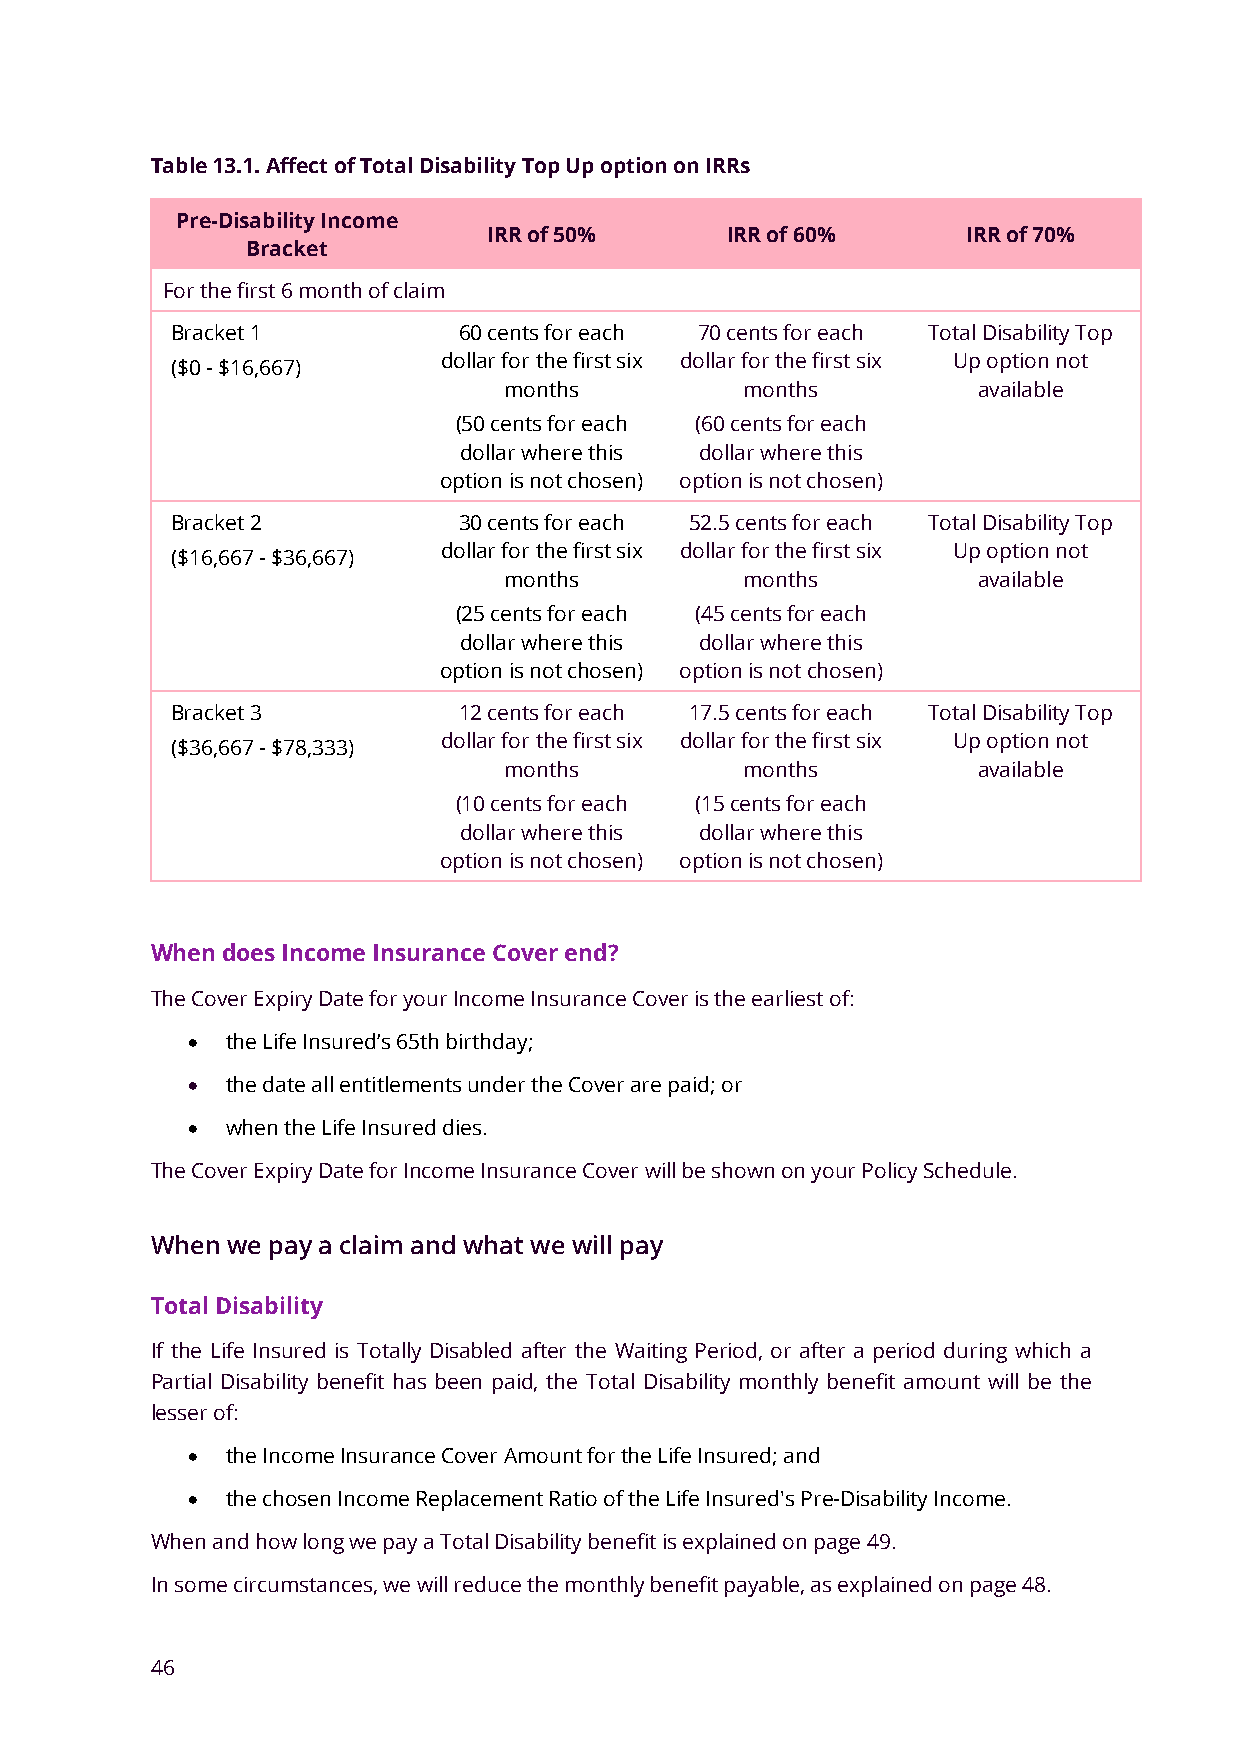
Table 13.1. Affect of Total Disability Top Up option on IRRs
 Pre-Disability Income
 IRR of 50%      IRR of 60%      IRR of 70%
 Bracket
 For the first 6 month of claim
 Bracket 1          60 cents for each 70 cents for each Total Disability Top
 dollar for the first six dollar for the first six Up option not
 ($0 - $16,667)
 months          months          available
 (50 cents for each (60 cents for each
 dollar where this dollar where this
 option is not chosen) option is not chosen)
 Bracket 2          30 cents for each 52.5 cents for each Total Disability Top
 dollar for the first six dollar for the first six Up option not
 ($16,667 - $36,667)
 months          months          available
 (25 cents for each (45 cents for each
 dollar where this dollar where this
 option is not chosen) option is not chosen)
 Bracket 3          12 cents for each 17.5 cents for each Total Disability Top
 dollar for the first six dollar for the first six Up option not
 ($36,667 - $78,333)
 months          months          available
 (10 cents for each (15 cents for each
 dollar where this dollar where this
 option is not chosen) option is not chosen)
 When does Income Insurance Cover end?
 The Cover Expiry Date for your Income Insurance Cover is the earliest of:
 •  the Life Insured’s 65th birthday;
 •  the date all entitlements under the Cover are paid; or
 •  when the Life Insured dies.
 The Cover Expiry Date for Income Insurance Cover will be shown on your Policy Schedule.
 When we pay a claim and what we will pay
 Total Disability
 If the Life Insured is Totally Disabled after the Waiting Period, or after a period during which a
 Partial Disability benefit has been paid, the Total Disability monthly benefit amount will be the
 lesser of:
 •  the Income Insurance Cover Amount for the Life Insured; and
 •  the chosen Income Replacement Ratio of the Life Insured's Pre-Disability Income.
 When and how long we pay a Total Disability benefit is explained on page 49.
 In some circumstances, we will reduce the monthly benefit payable, as explained on page 48.
 46